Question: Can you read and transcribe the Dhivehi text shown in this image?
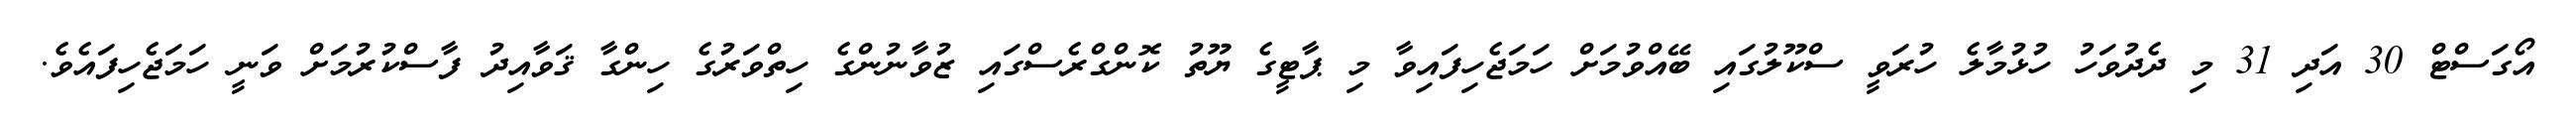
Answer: އޯގަސްޓް 30 އަދި 31 މި ދެދުވަހު ހުޅުމާލެ ހުރަވީ ސްކޫލުގައި ބޭއްވުމަށް ހަމަޖެހިފައިވާ މި ޕާޓީގެ ޔޫތު ކޮންގްރެސްގައި ޒުވާނުންގެ ހިތްވަރުގެ ހިންގާ ޤަވާއިދު ފާސްކުރުމަށް ވަނީ ހަމަޖެހިފައެވެ.